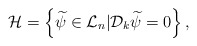
\begin{align*}{\cal H}=\left\{\widetilde \psi\in {\cal L}_{n}|{\cal D}_k\widetilde \psi=0\right\},\end{align*}